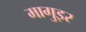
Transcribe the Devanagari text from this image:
मागुइर